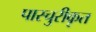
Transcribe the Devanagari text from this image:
पास्चुरीकृत